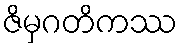
ဇိမှဂတိကဿ